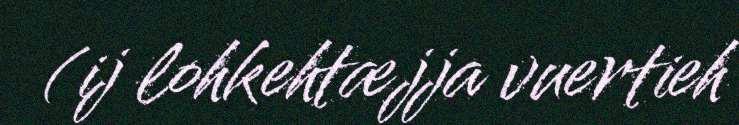
(ij lohkehtæjja vuertieh